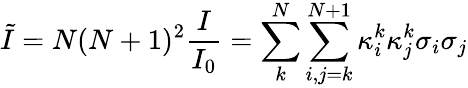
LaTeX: \tilde{I}={N(N+1)^{2}}\frac{I}{I_{0}}=\sum_{k}^{N}{\sum_{i,j=k}^{N+1}{\kappa_{i}^{k}\kappa_{j}^{k}{\sigma_{i}}{\sigma_{j}}}}